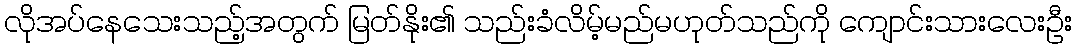
လိုအပ်နေသေးသည့်အတွက် မြတ်နိုး၏ သည်းခံလိမ့်မည်မဟုတ်သည်ကို ကျောင်းသားလေးဦး